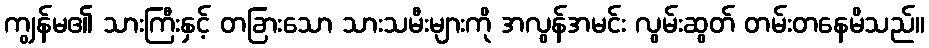
ကျွန်မ၏ သားကြီးနှင့် တခြားသော သားသမီးများကို အလွန်အမင်း လွမ်းဆွတ် တမ်းတနေမိသည်။